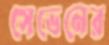
সেভেনের